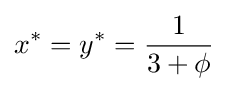
x^{*}=y^{*}={\frac {1}{3+\phi }}